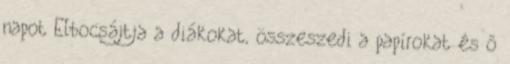
napot Elbocsájtja a diákokat, összeszedi a papírokat és ő